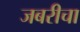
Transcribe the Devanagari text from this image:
जबरीचा